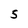
Character: 5